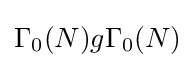
\Gamma _{0}(N)g\Gamma _{0}(N)